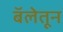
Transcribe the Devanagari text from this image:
बॅलेतून